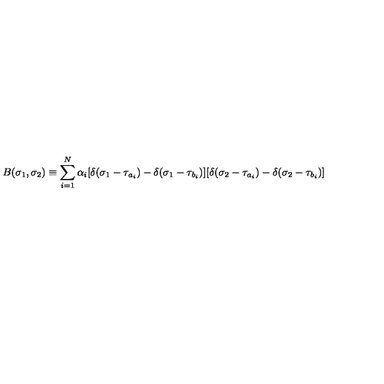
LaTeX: B ( \sigma _ { 1 } , \sigma _ { 2 } ) \equiv \sum _ { i = 1 } ^ { N } \alpha _ { i } [ \delta ( \sigma _ { 1 } - \tau _ { a _ { i } } ) - \delta ( \sigma _ { 1 } - \tau _ { b _ { i } } ) ] [ \delta ( \sigma _ { 2 } - \tau _ { a _ { i } } ) - \delta ( \sigma _ { 2 } - \tau _ { b _ { i } } ) ]